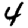
Digit: 4